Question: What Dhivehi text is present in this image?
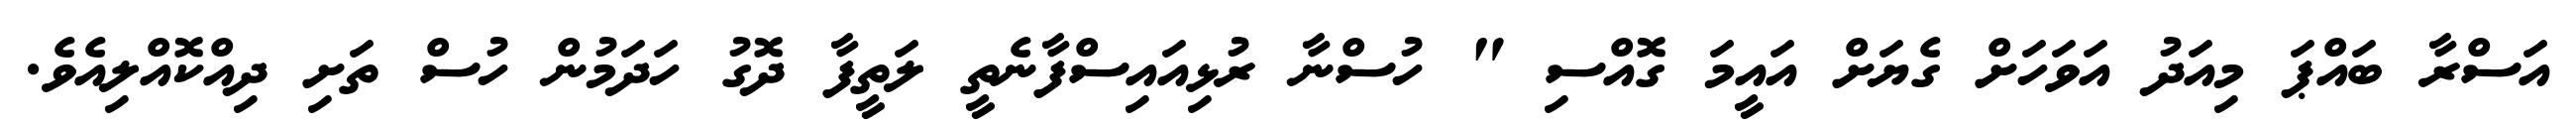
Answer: އަސްރާ ބައްޕަ މިއަދު އަވަހަށް ގެޔަށް އައީމަ ގޮއްސި " ހުސްނާ ރުޅިއައިސްފާނެތީ ލަތީފާ ދޮގު ހަދަމުން ހުސް ތަށި ދިއްކޮއްލިއެވެ.